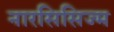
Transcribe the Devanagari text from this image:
नारसिसिज्म